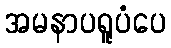
အမနာပရူပံပေ